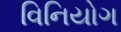
વિનિયોગ